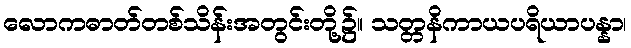
လောကဓာတ်တစ်သိန်းအတွင်းတို့၌။ သတ္တနိကာယပရိယာပန္နာ၊